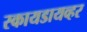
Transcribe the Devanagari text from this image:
स्कायडायव्हर